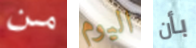
من اليوم بأن